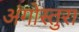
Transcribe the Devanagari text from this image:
अंगोस्तुरा